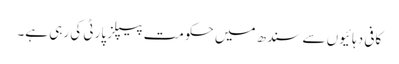
کافی دہائیوں سے سندھ میں حکومت پیپلز پارٹی کی رہی ہے۔